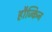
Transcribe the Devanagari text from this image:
हौज्किन